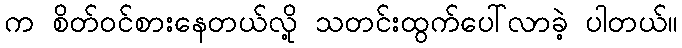
က စိတ်ဝင်စားနေတယ်လို့ သတင်းထွက်ပေါ်လာခဲ့ ပါတယ်။